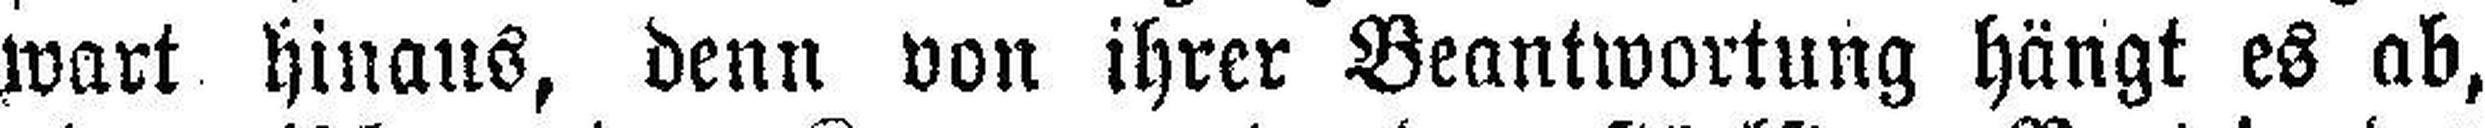
wart hinaus, denn von ihrer Beantwortung hängt es ab,